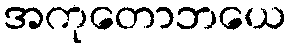
အကုတောဘယေ